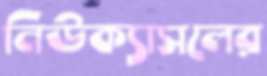
নিউক্যাসলের